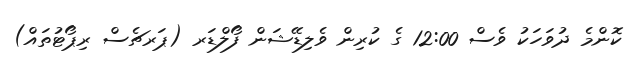
ކޮންމެ ދުވަހަކު ވެސް 12:00 ގެ ކުރިން ވެލިޑޭޝަން ފޯލްޑަރ (ޕަރޗެސް ރިޕޯޓުތައް)